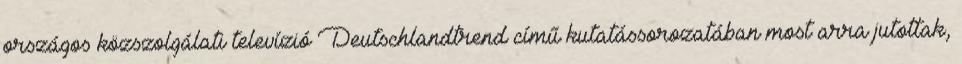
országos közszolgálati televízió Deutschlandtrend című kutatássorozatában most arra jutottak,